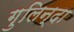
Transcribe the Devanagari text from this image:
गुलिन्दा